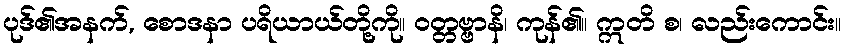
ပုဒ်၏အနက်, စောဒနာ ပရိယာယ်တို့ကို။ ဝတ္တဗ္ဗာနိ၊ ကုန်၏။ ဣတိ စ၊ လည်းကောင်း။